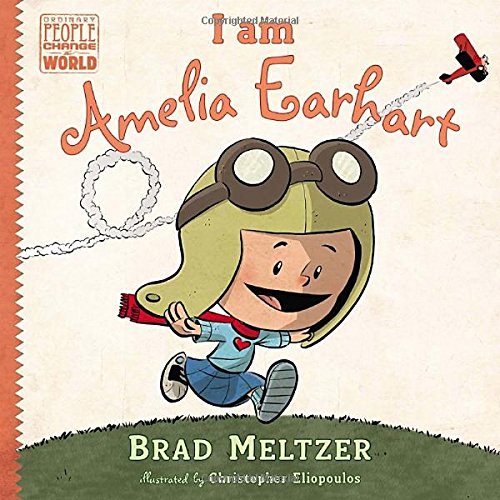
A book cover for I am Amelia Earhart (Ordinary People Change the World); Brad Meltzer; Children's Books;